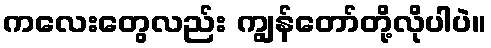
ကလေးတွေလည်း ကျွန်တော်တို့လိုပါပဲ။